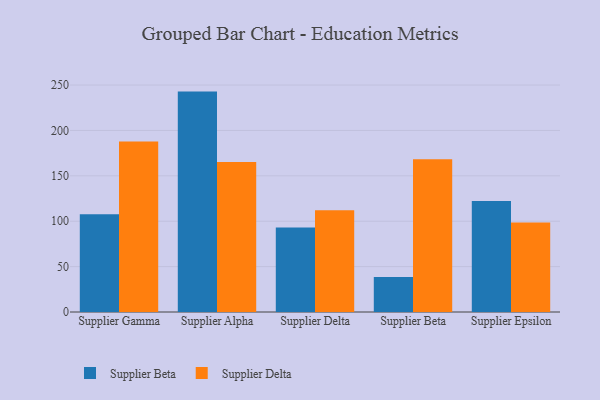
{"axis": {"x": "Supplier", "y": "Budget (USD K)"}, "legend": ["Supplier Beta", "Supplier Delta"], "data": [{"x": "Supplier Gamma", "y": 107.7, "type": "Supplier Beta"}, {"x": "Supplier Gamma", "y": 187.8, "type": "Supplier Delta"}, {"x": "Supplier Alpha", "y": 242.8, "type": "Supplier Beta"}, {"x": "Supplier Alpha", "y": 165.3, "type": "Supplier Delta"}, {"x": "Supplier Delta", "y": 93.2, "type": "Supplier Beta"}, {"x": "Supplier Delta", "y": 112.0, "type": "Supplier Delta"}, {"x": "Supplier Beta", "y": 38.6, "type": "Supplier Beta"}, {"x": "Supplier Beta", "y": 168.3, "type": "Supplier Delta"}, {"x": "Supplier Epsilon", "y": 122.2, "type": "Supplier Beta"}, {"x": "Supplier Epsilon", "y": 98.7, "type": "Supplier Delta"}]}